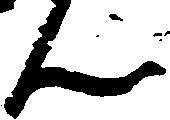
ん